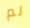
لم